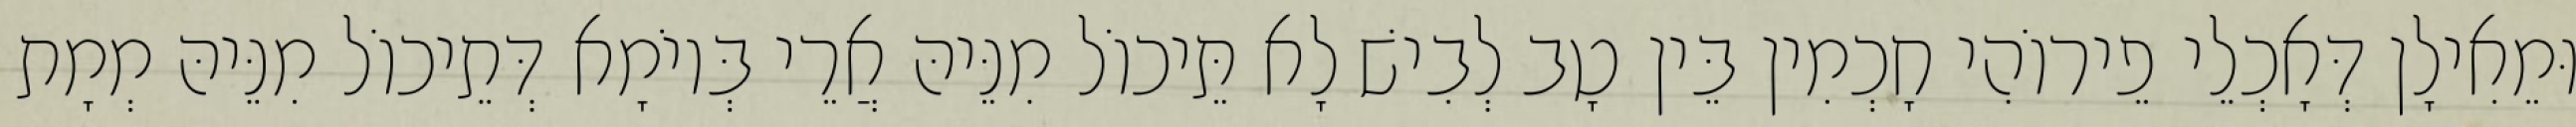
וּמֵאִילָן דְּאָכְלֵי פֵירוֹהִי חָכְמִין בֵּין טָב לְבִישׁ לָא תֵּיכוֹל מִנֵּיהּ אֲרֵי בְּיוֹמָא דְּתֵיכוֹל מִנֵּיהּ מְמָת